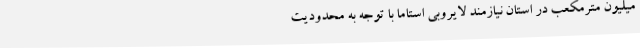
میلیون مترمکعب در استان نیازمند لایروبی استاما با توجه به محدودیت